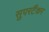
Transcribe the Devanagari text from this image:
सुपरटैंकर